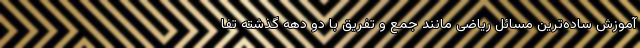
آموزش ساده‌ترین مسائل ریاضی مانند جمع و تفریق با دو دهه گذشته تفا